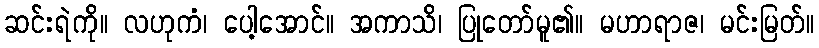
ဆင်းရဲကို။ လဟုကံ၊ ပေါ့အောင်။ အကာသိ၊ ပြုတော်မူ၏။ မဟာရာဇ၊ မင်းမြတ်။